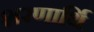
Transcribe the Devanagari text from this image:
शरणार्थि